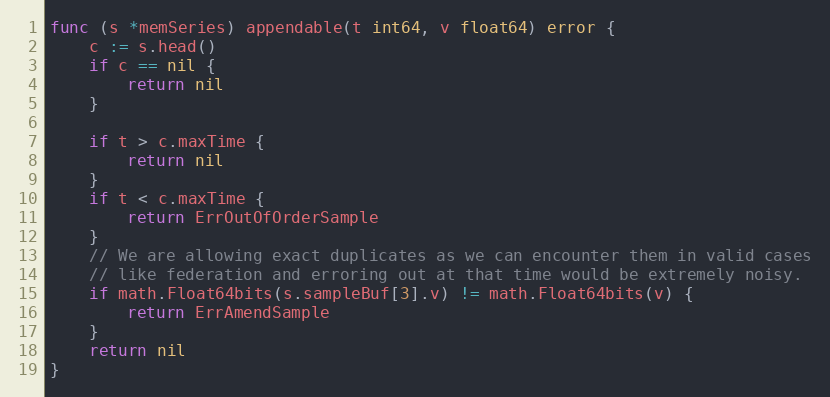
Language: Go
func (s *memSeries) appendable(t int64, v float64) error {
	c := s.head()
	if c == nil {
		return nil
	}

	if t > c.maxTime {
		return nil
	}
	if t < c.maxTime {
		return ErrOutOfOrderSample
	}
	// We are allowing exact duplicates as we can encounter them in valid cases
	// like federation and erroring out at that time would be extremely noisy.
	if math.Float64bits(s.sampleBuf[3].v) != math.Float64bits(v) {
		return ErrAmendSample
	}
	return nil
}